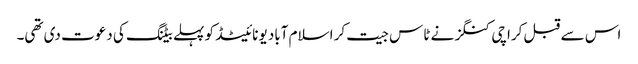
اس سے قبل کراچی کنگز نے ٹاس جیت کر اسلام آباد یونائیٹڈ کو پہلے بیٹنگ کی دعوت دی تھی۔